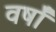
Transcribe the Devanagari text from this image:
वर्षाँ